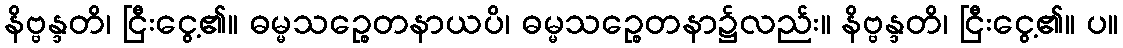
နိဗ္ဗန္ဒတိ၊ ငြီးငွေ့၏။ ဓမ္မသဉ္စေတနာယပိ၊ ဓမ္မသဉ္စေတနာ၌လည်း။ နိဗ္ဗန္ဒတိ၊ ငြီးငွေ့၏။ ပ။